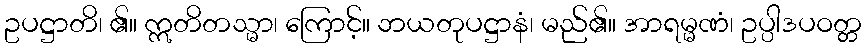
ဥပဋ္ဌာတိ၊ ၏။ ဣတိတသ္မာ၊ ကြောင့်။ ဘယတုပဋ္ဌာနံ၊ မည်၏။ အာရမ္မဏံ၊ ဥပ္ပါဒပဝတ္တ